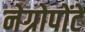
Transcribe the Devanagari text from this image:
नेग्रोपोंटे